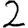
Digit: 2